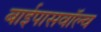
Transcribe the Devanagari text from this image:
बाईपासवॉल्व